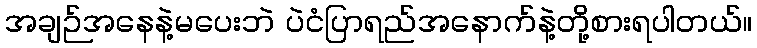
အချဉ်အနေနဲ့မပေးဘဲ ပဲငံပြာရည်အနောက်နဲ့တို့စားရပါတယ်။